Vaccination in the Punjab 1883-1896 - 1883-1896
Year: 1883
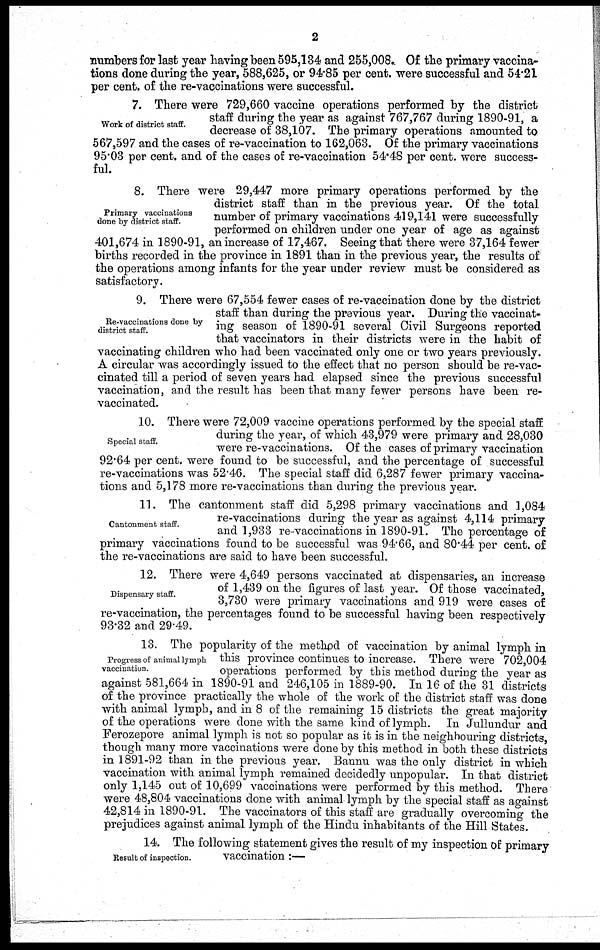
2
numbers for last year having been 595,134 and 255,008. Of the primary vaccina-
tions done during the year, 588,625, or 94.85 per cent. were successful and 54.21
per cent. of the re-vaccinations were successful.
Work of district staff.
7. There were 729,660 vaccine operations performed by the district
staff during the year as against 767,767 during 1890-91, a
decrease of 38,107. The primary operations amounted to
567,597 and the cases of re-vaccination to 162,063. Of the primary vaccinations
95.03 per cent. and of the cases of re-vaccination 54.48 per cent. were success-
ful.
Primary vaccinations
done by district staff.
8. There were 29,447 more primary operations performed by the
district staff than in the previous year. Of the total
number of primary vaccinations 419,141 were successfully
performed on children under one year of age as against
401,674 in 1890-91, an increase of 17,467. Seeing that there were 37,164 fewer
births recorded in the province in 1891 than in the previous year, the results of
the operations among infants for the year under review must be considered as
satisfactory.
Re-vaccinations done by
district staff.
9. There were 67,554 fewer cases of re-vaccination done by the district
staff than during the previous year. During the vaccinat-
ing season of 1890-91 several Civil Surgeons reported
that vaccinators in their districts were in the habit of
vaccinating children who had been vaccinated only one or two years previously.
A circular was accordingly issued to the effect that no person should be re-vac-
cinated till a period of seven years had elapsed since the previous successful
vaccination, and the result has been that many fewer persons have been re-
vaccinated.
Special staff.
10. There were 72,009 vaccine operations performed by the special staff
during the year, of which 43,979 were primary and 28,030
were re-vaccinations. Of the cases of primary vaccination
92.64 per cent. were found to be successful, and the percentage of successful
re-vaccinations was 52.46. The special staff did 6,287 fewer primary vaccina-
tions and 5,178 more re-vaccinations than during the previous year.
Cantonment staff.
11. The cantonment staff did 5,298 primary vaccinations and 1,084
re-vaccinations during the year as against 4,114 primary
and 1,933 re-vaccinations in 1890-91. The percentage of
primary vaccinations found to be successful was 94.66, and 80.44 per cent. of
the re-vaccinations are said to have been successful.
Dispensary staff.
12. There were 4,649 persons vaccinated at dispensaries, an increase
of 1,439 on the figures of last year. Of those vaccinated,
3,730 were primary vaccinations and 919 were cases of
re-vaccination, the percentages found to be successful having been respectively
93.32 and 29.49.
Progress of animal lymph
vaccination.
13. The popularity of the method of vaccination by animal lymph in
this province continues to increase. There were 702,004
operations performed by this method during the year as
against 581,664 in 1890-91 and 246,105 in 1889-90. In 16 of the 31 districts
of the province practically the whole of the work of the district staff was done
with animal lymph, and in 8 of the remaining 15 districts the great majority
of the operations were done with the same kind of lymph. In Jullundur and
Ferozepore animal lymph is not so popular as it is in the neighbouring districts,
though many more vaccinations were done by this method in both these districts
in 1891-92 than in the previous year. Bannu was the only district in which
vaccination with animal lymph remained decidedly unpopular. In that district
only 1,145 out of 10,699 vaccinations were performed by this method. There
were 48,804 vaccinations done with animal lymph by the special staff as against
42,814 in 1890-91. The vaccinators of this staff are gradually overcoming the
prejudices against animal lymph of the Hindu inhabitants of the Hill States.
Result of inspection.
14. The following statement gives the result of my inspection of primary
vaccination :—